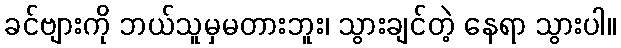
ခင်ဗျားကို ဘယ်သူမှမတားဘူး၊ သွားချင်တဲ့ နေရာ သွားပါ။